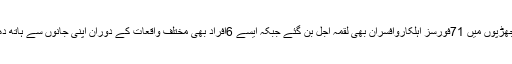
رپورٹ میں مزید بتایا گیا ہے کہ ان جھڑپوں میں 71فورسز اہلکاروافسران بھی لقمہ اجل بن گئے جبکہ ایسے 6افراد بھی مختلف واقعات کے دوران اپنی جانوں سے ہاتھ دھو بیٹھے جن کی شناخت نہیں ہوگئی ۔